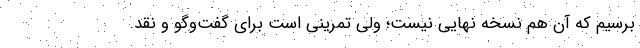
برسیم که آن هم نسخه نهایی نیست؛ ولی تمرینی است برای گفت‌وگو و نقد.